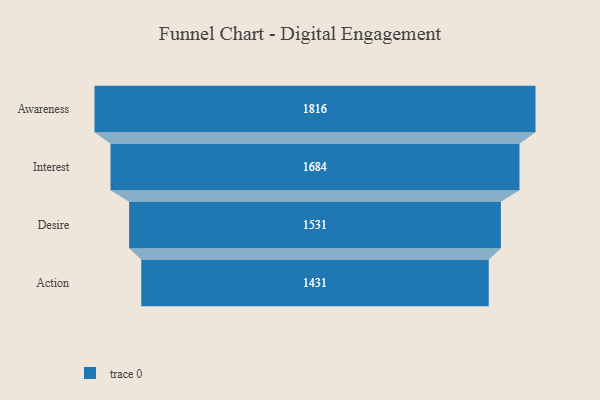
{"axis": {"x": "Stage", "y": "Value"}, "legend": [""], "data": [{"x": "Awareness", "y": 1816.0, "type": ""}, {"x": "Interest", "y": 1684.0, "type": ""}, {"x": "Desire", "y": 1531.0, "type": ""}, {"x": "Action", "y": 1431.0, "type": ""}]}